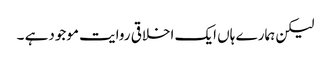
لیکن ہمارے ہاں ایک اخلاقی روایت موجودہے ۔